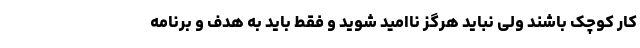
کار کوچک باشند ولی نباید هرگز ناامید شوید و فقط باید به هدف و برنامه